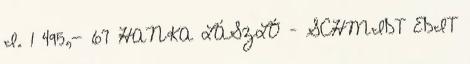
I. 1 495,- 67 HANKA LÁSZLÓ – SCHMIDT EDIT